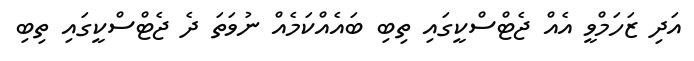
އަދި ޒަހަމްވީ އެއް ޖެޓްސްކީގައި ތިބި ބައެއްކަމެއް ނުވަތަ ދެ ޖެޓްސްކީގައި ތިބި